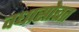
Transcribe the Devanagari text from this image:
वधासोबत